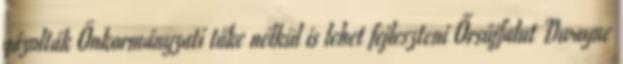
gázolták Önkormányzati tőke nélkül is lehet fejleszteni Őrsújfalut Dwayne